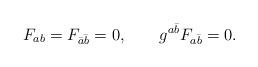
LaTeX: \begin{align*}F_{ab} = F_{\bar a \bar b} =0, \qquad g^{a \bar b}F_{a \bar b}=0.\end{align*}